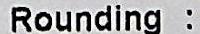
ROUNDING :